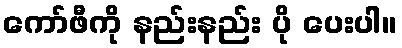
ကော်ဖီကို နည်းနည်း ပို ပေးပါ။